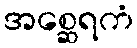
အစ္ဆေရကံ